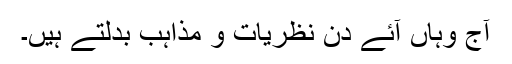
آج وہاں آئے دن نظریات و مذاہب بدلتے ہیں۔